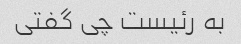
به رئیست چی گفتی